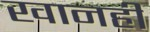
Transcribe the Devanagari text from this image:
खानही